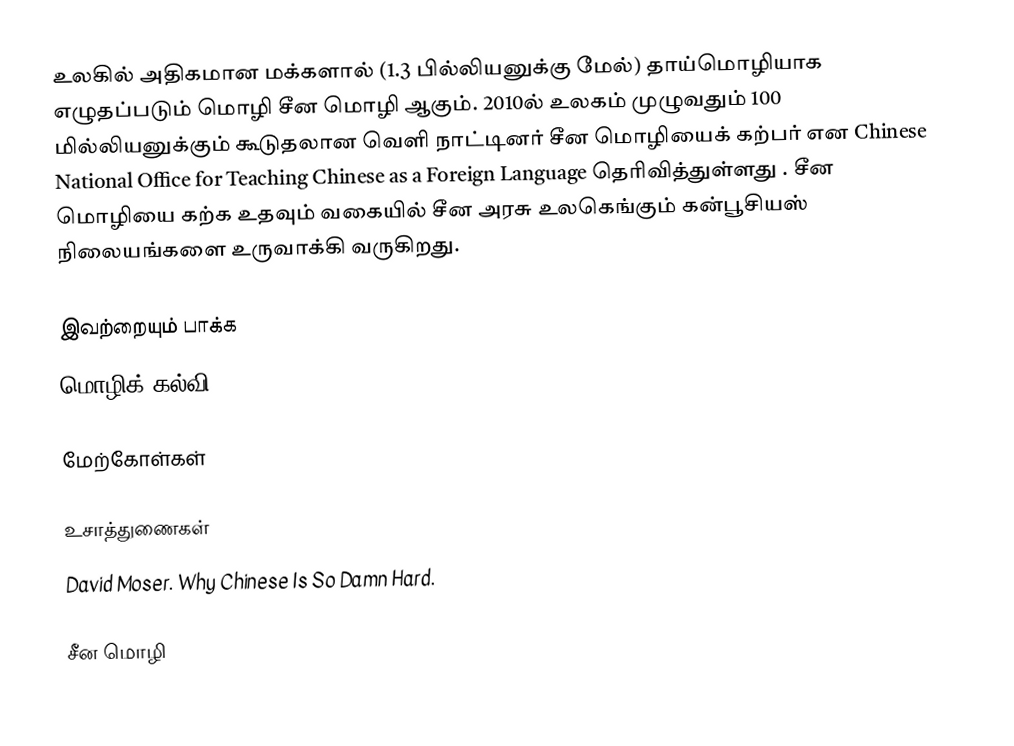
உலகில் அதிகமான மக்களால் (1.3 பில்லியனுக்கு மேல்) தாய்மொழியாக எழுதப்படும் மொழி சீன மொழி ஆகும். 2010ல் உலகம் முழுவதும் 100 மில்லியனுக்கும் கூடுதலான வெளி நாட்டினர் சீன மொழியைக் கற்பர் என  Chinese National Office for Teaching Chinese as a Foreign Language தெரிவித்துள்ளது .  சீன மொழியை கற்க உதவும் வகையில் சீன அரசு உலகெங்கும் கன்பூசியஸ் நிலையங்களை உருவாக்கி வருகிறது.

இவற்றையும் பாக்க
மொழிக் கல்வி

மேற்கோள்கள்

உசாத்துணைகள்
 David Moser. Why Chinese Is So Damn Hard.

சீன மொழி